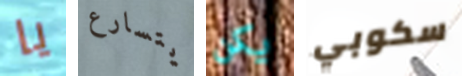
يا يتسارع يكن سكوبي